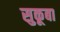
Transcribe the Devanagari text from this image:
सुकूबा